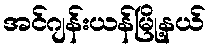
အင်ဂျန်းယန်မြို့နယ်